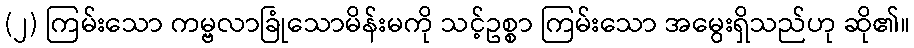
(၂) ကြမ်းသော ကမ္ဗလာခြုံသောမိန်းမကို သင့်ဥစ္စာ ကြမ်းသော အမွေးရှိသည်ဟု ဆို၏။